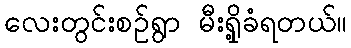
လေးတွင်းစဥ်ရွာ မီးရှို့ခံရတယ်။